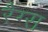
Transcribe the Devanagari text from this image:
रैग्स